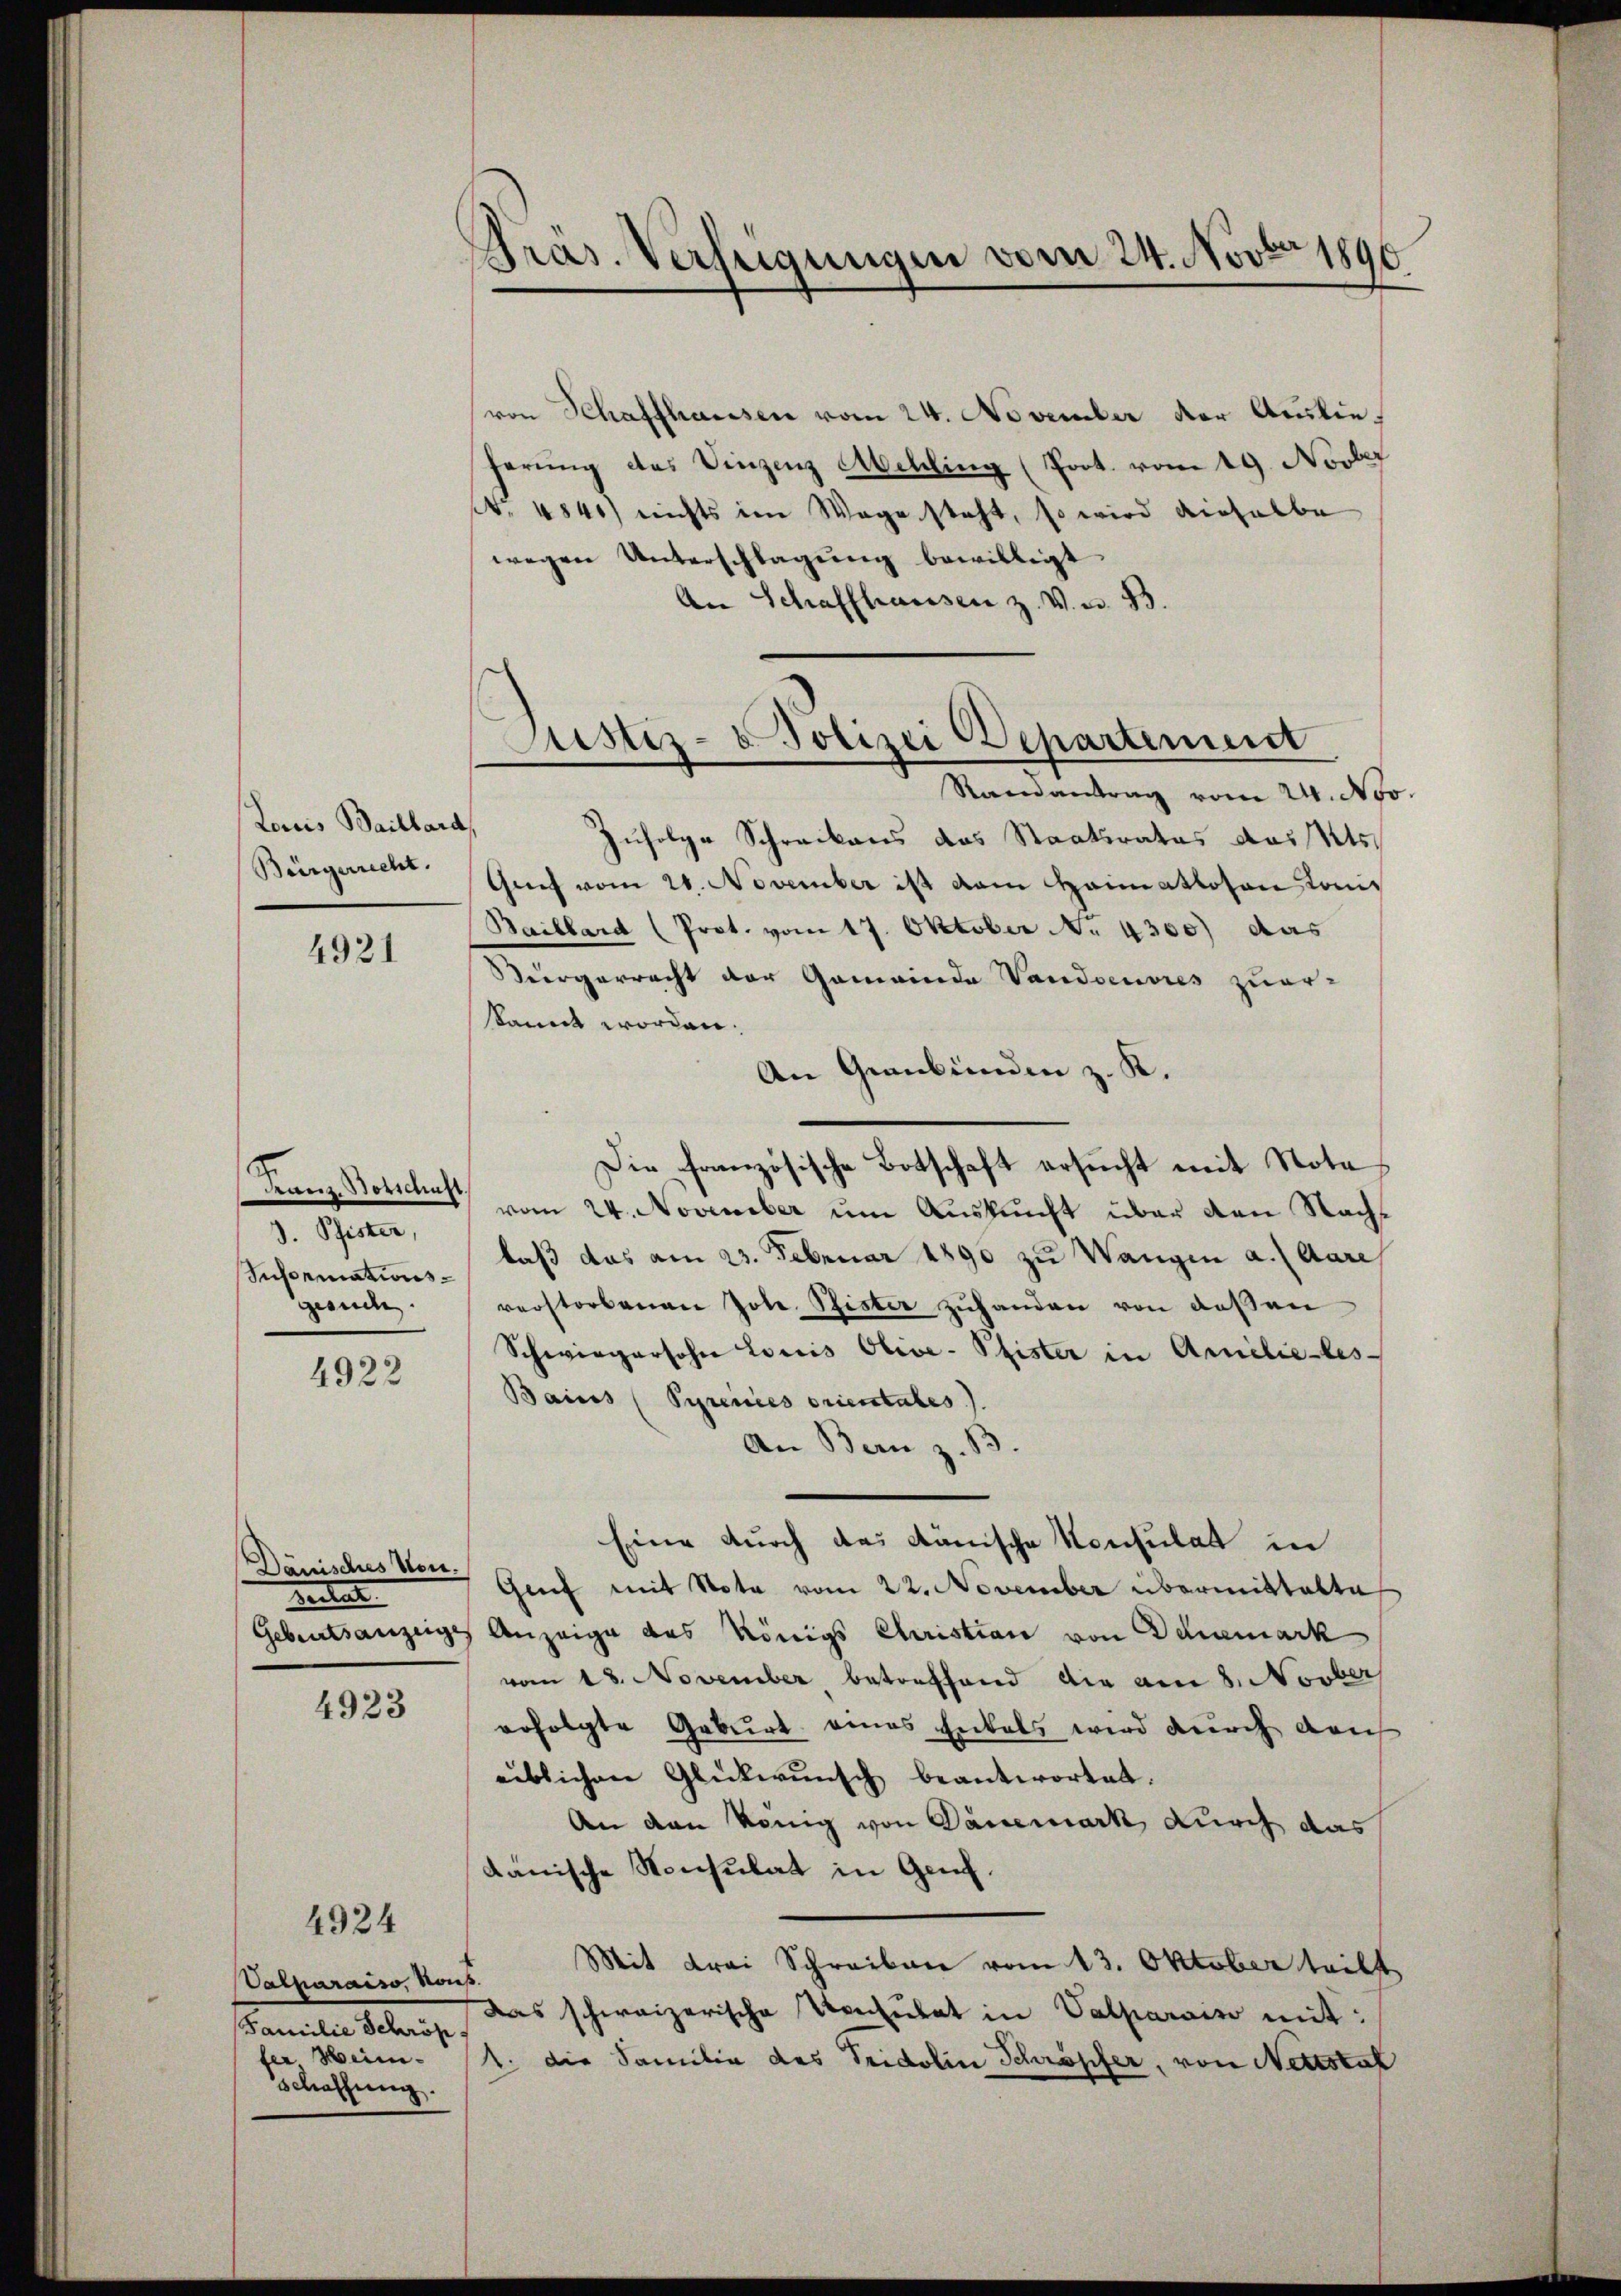
Louis Baillard
Bürgerrecht.

4921

Franz. Notschust
J. Pfister,
Informationsgesuche.

4922

Dauisches von.
ventat

4923

4924

Valparaiso, noup.
Familie Schröp
fer Wein¬
Schaffung.

Präs. Verfügungen vom 24. Novbr 1890

von Schaffhausen vom 24. November der Auslieferung des Vinzenz Abelling (Poot. vom 19. Novber
No 4840) nichts im Wege steht, so wird dieselbe
wegen Unterschlagŭng bewilligt.
An Schaffhausen z. V. u. 33.
Zufolge Schreckens das Staatsrates das Kts.
Genf vom 20. November ist vom Heimatlosen Kon¬
Baillard (Prot. vom 17. Oktober . 4300) das
eergerrecht der Gemeinde Vaudoeuvres zuer-
kannt worden.
An Graubünden z. K.
Die französische Botschaft ersucht mit Nota
vom 24. November um Auskunft über den Nachlaß das am 23. Februar 1890 zu Wangen a. (Aare
verstorbenen Joh. Rister zuhanden von deßen
Schwiegersohn Louis Olive-Pfister in Amilie-les-
Bains (Pyrences orienstates).
An Bern z. B
Eine durch das dänische Konsulat in
Genf mit Nota vom 22. November übermittalte
Gebertsanzeige Anzeige des Königs Christian von Danemark
vom 13. November betreffend die am 8. Novber
erfolgte Geburt eines Entals wird durch dach
eiblichen Glückwunsch beantwortet.
An den könig von Danemark durch das
dänische Konsulat in Genf.
Mit Frei Schreiben vom 13. Oktober teilt
Das schweizerische Vesutat in Valparois mit:
1. die Familie des Tridolin Schröpfer, von Nettstal

Justiz- & Polizei Departement
Ramantrag vom 24. Nov